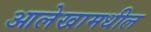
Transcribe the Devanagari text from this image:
आलेखामधील